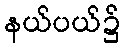
နယ်ပယ်၌